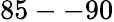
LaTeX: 85--90